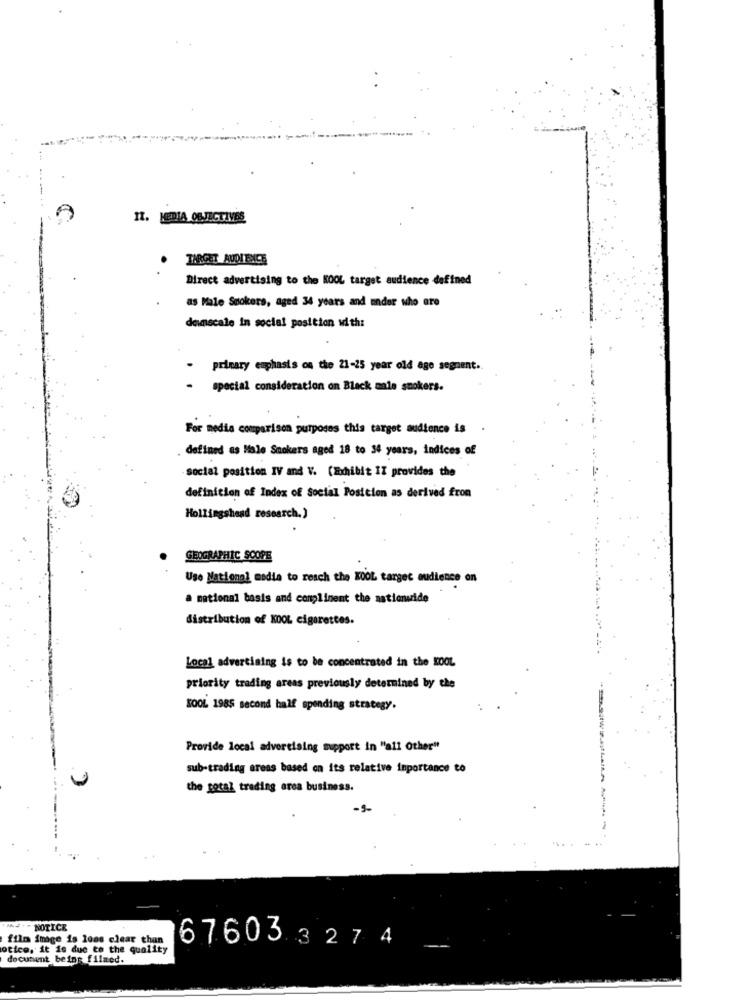
II. MEDIA OBJECTIVES
. TARGET AUDIENCE
Direct advertising to the KOOL target audience defined
as Male Smokers, aged 34 years and under who are
deunscale in social position with:
primary emphasis on the 21-25 year old age segnent.
special consideration on Black male smokers.
For media comparison purposes this target audience is
.
. defined as Male Smokers aged 18 to 34 years, indices of
social position IV and V. (Exhibit IZ provides the
definition of Index of Social Position as derived from
Hollingshead research.)
GEOGRAPHIC SCOPE
Use National media to reach the KOOL target audience on
a mational basis and compliment the nationside
distribution of KOOL cigarettes.
Local advertising is to be concentrated in the KOOL
priority trading areas previously determined by the
KOOL 1985 second half spending strategy.
Provide local advertising support in "all Other"
sub-trading areas based on its relative importance to
the total trading area business.
-5-
.. .
---- NOTICE
film imge is loss clear than
otice. it is due to the quality
67603 327 4
document being filmed.